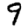
Digit: 9